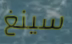
سينغ